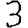
Digit: 3